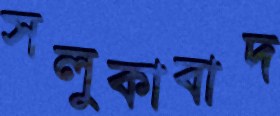
সলুকাবাদ